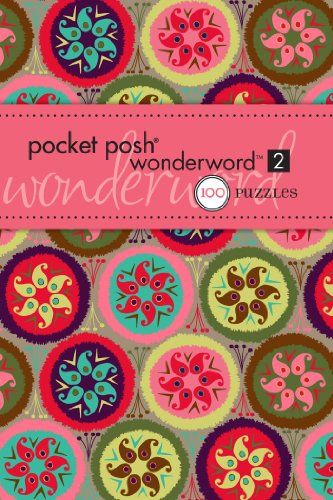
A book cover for Pocket Posh Wonderword 2: 100 Puzzles; The Puzzle Society; Humor & Entertainment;